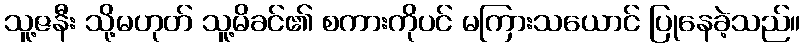
သူ့ဇနီး သို့မဟုတ် သူ့မိခင်၏ စကားကိုပင် မကြားသယောင် ပြုနေခဲ့သည်။